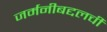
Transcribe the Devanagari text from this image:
जर्मनीबद्दलची